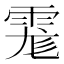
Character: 𩃄